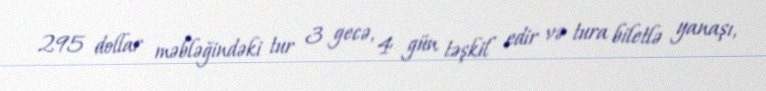
295 dollar məbləğindəki tur 3 gecə, 4 gün təşkil edir və tura biletlə yanaşı,